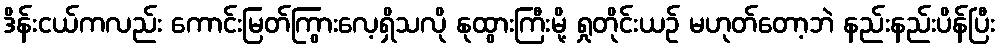
ဒိန်းငယ်ကလည်း ကောင်းမြတ်ကြွားလေ့ရှိသလို နုထွားကြီးမို့ ရှုတိုင်းယဉ် မဟုတ်တော့ဘဲ နည်းနည်းပိန်ပြီး